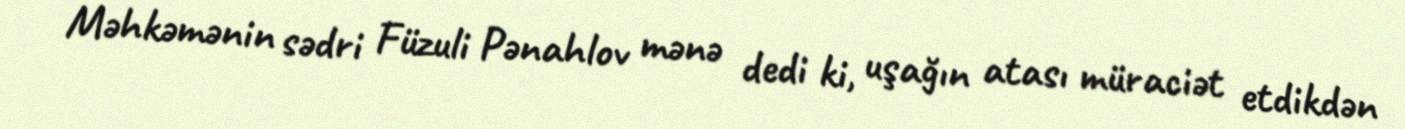
Məhkəmənin sədri Füzuli Pənahlov mənə dedi ki, uşağın atası müraciət etdikdən